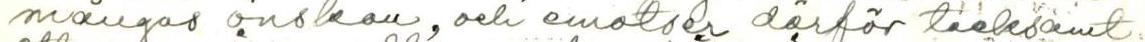
mångas önskan, och emotser därför tavksamt